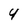
Character: 4